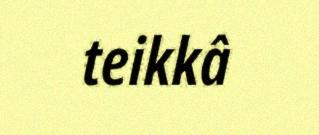
teikkâ